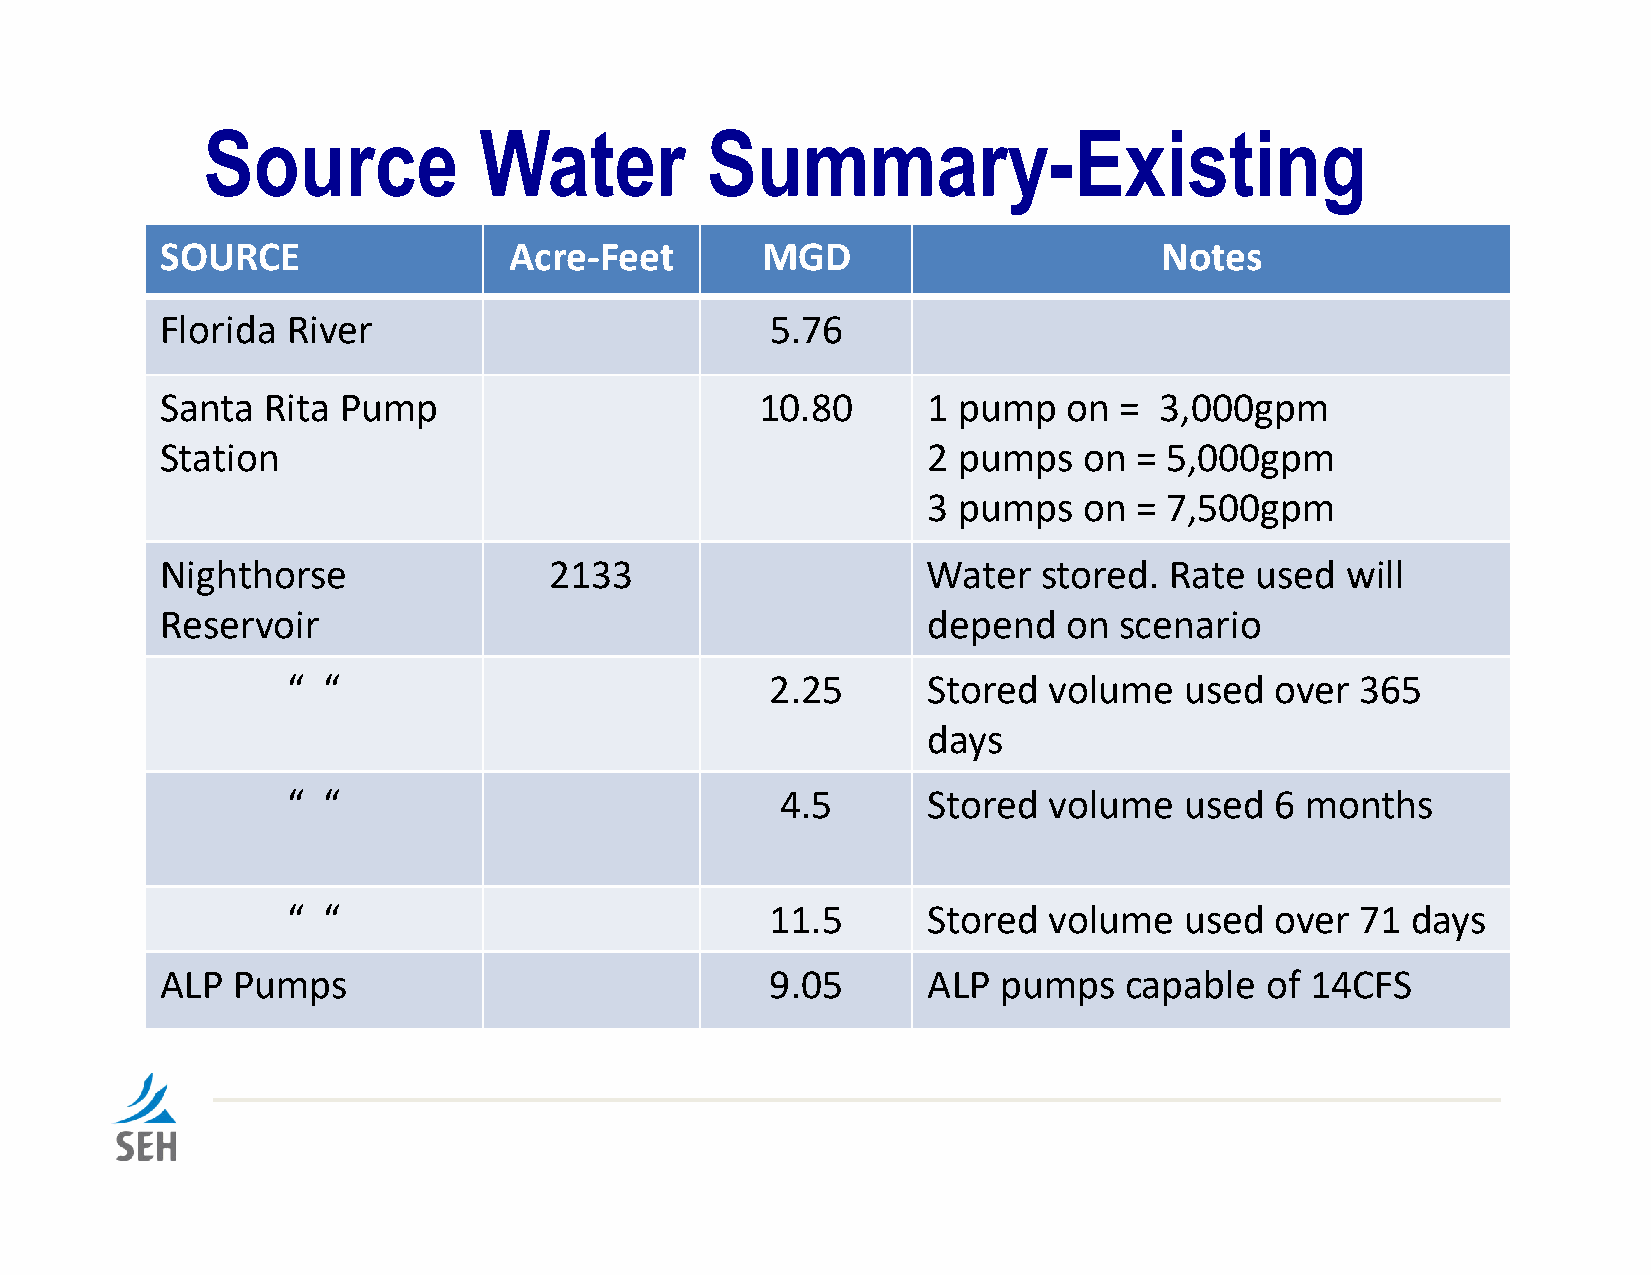
Source             Water          Summary-Existing
 SOURCE                 Acre‐Feet       MGD                        Notes
 Florida River                           5.76
 Santa Rita Pump                        10.80      1 pump    on =  3,000gpm
 Station                                           2 pumps    on = 5,000gpm
 3 pumps    on = 7,500gpm
 Nighthorse               2133                     Water   stored. Rate  used  will
 Reservoir                                         depend    on scenario
 “ “                             2.25      Stored  volume   used  over  365
 days
 “ “                              4.5      Stored  volume   used  6 months
 “ “                             11.5      Stored  volume   used  over  71 days
 ALP Pumps                               9.05      ALP  pumps   capable   of 14CFS